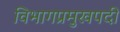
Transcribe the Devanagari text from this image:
विभागप्रमुखपदी